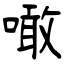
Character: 噉